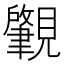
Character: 𬢅